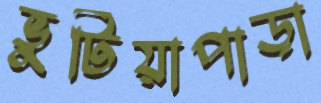
ভুটিয়াপাড়া